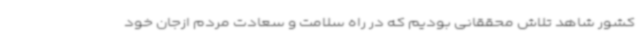
کشور شاهد تلاش محققانی بودیم که در راه سلامت و سعادت مردم ازجان خود